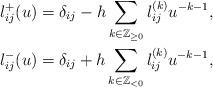
LaTeX: \begin{align*}l_{ij}^{+}(u)&=\delta_{ij}-h\sum_{k\in\mathbb{Z}_{\geq 0}}l_{ij}^{(k)}u^{-k-1},\\l_{ij}^{-}(u)&=\delta_{ij}+h\sum_{k\in\mathbb{Z}_{<0}}l_{ij}^{(k)}u^{-k-1},\end{align*}